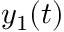
y _ { 1 } ( t )